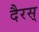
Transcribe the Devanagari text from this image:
दैरस्